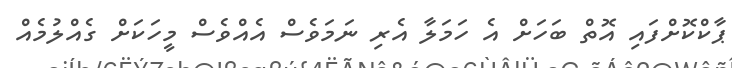
ޕާކްކޮށްފައި އޮތް ބަހަށް އެ ހަމަލާ އެރި ނަމަވެސް އެއްވެސް މީހަކަށް ގެއްލުމެއް